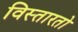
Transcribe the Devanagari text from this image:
विस्तारतो